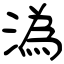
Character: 溈